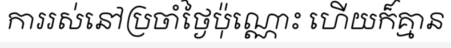
ការរស់នៅប្រចាំថ្ងៃប៉ុណ្ណោះ ហើយក៏គ្មាន